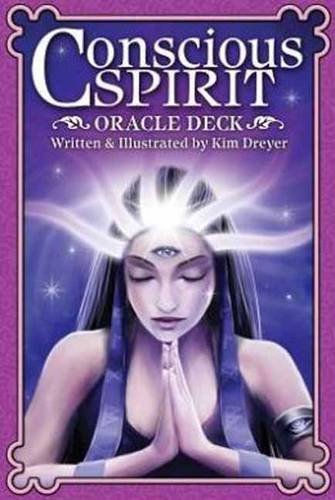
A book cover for Conscious Spirit Oracle Deck; Kim Dreyer; Religion & Spirituality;